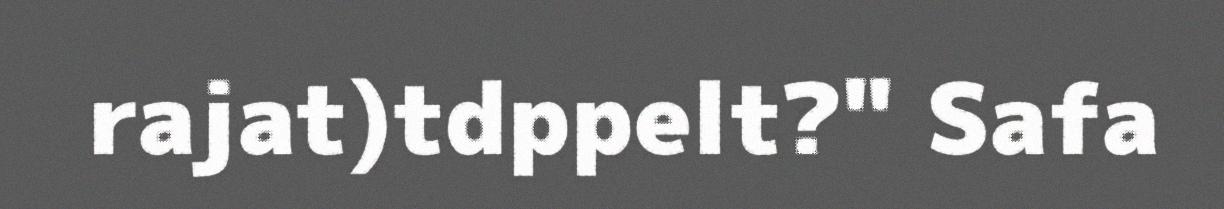
rajat)tdppelt?" Safa